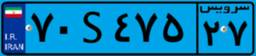
۷۰S۴۷۵۲۷